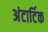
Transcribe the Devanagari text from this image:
अंटार्टिक